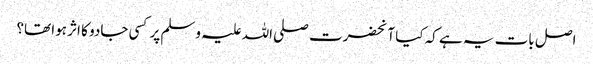
اصل بات یہ ہے کہ کیا آنحضرت صلی اللہ علیہ وسلم پر کسی جادو کا اثر ہوا تھا؟